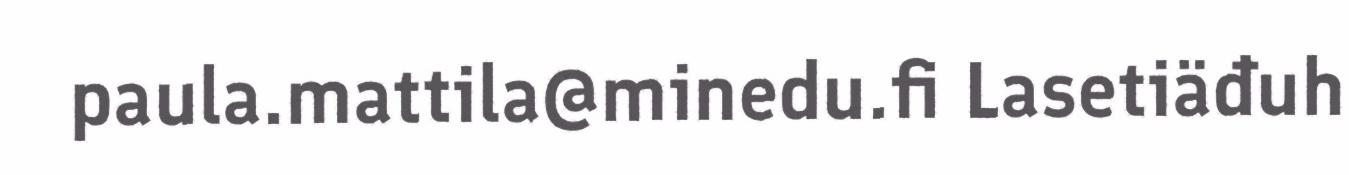
paula.mattila@minedu.fi Lasetiäđuh